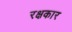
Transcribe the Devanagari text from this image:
रक्षकार